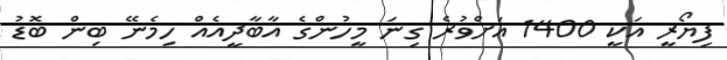
ފިޔޯރީ އަކީ 1400 އަށްވުރެ ގިނަ މީހުންގެ އާބާދީއެއް ހިމެނޭ ބިން ބޮޑު